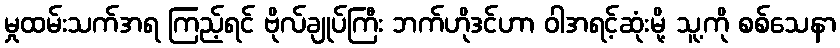
မှုထမ်းသက်အရ ကြည့်ရင် ဗိုလ်ချုပ်ကြီး ဘက်ဟိုဒင်ဟာ ဝါအရင့်ဆုံးမို့ သူ့ကို စစ်သေနာ